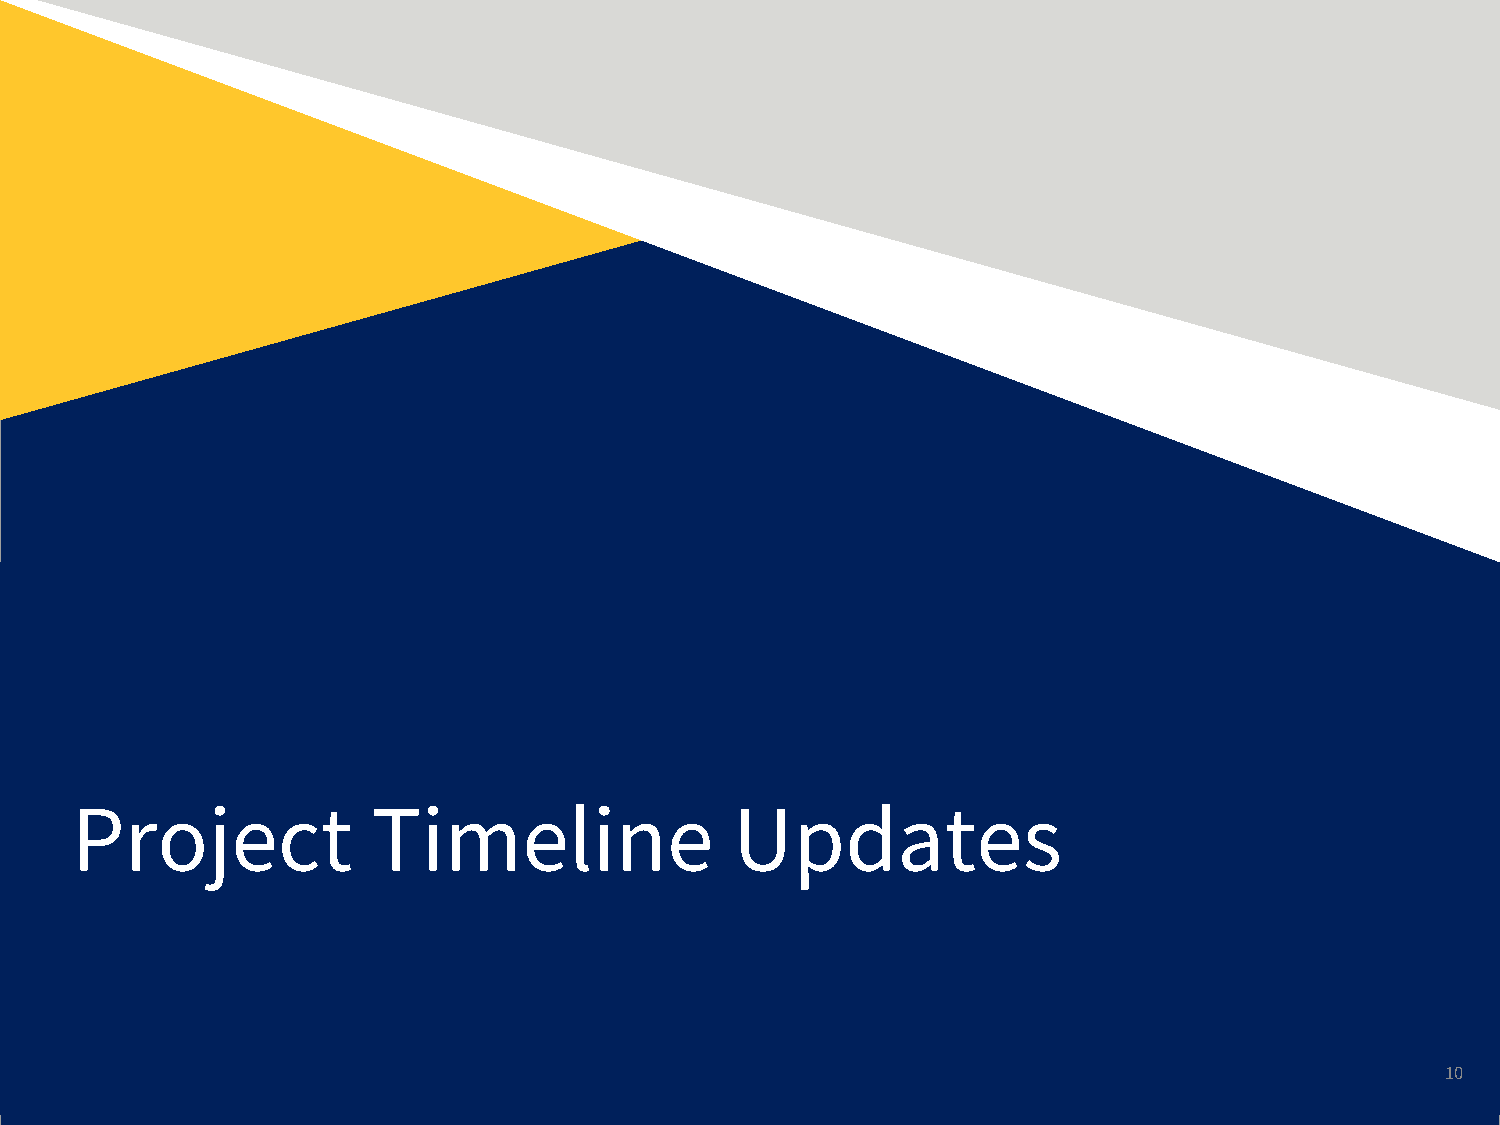
Project             Timeline                Updates
 10